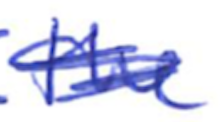
Text: the
Cross-out: mix
Writing tool: ballpoint